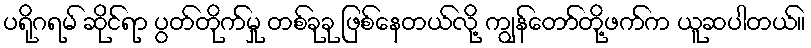
ပရိုဂရမ် ဆိုင်ရာ ပွတ်တိုက်မှု တစ်ခုခု ဖြစ်နေတယ်လို့ ကျွန်တော်တို့ဖက်က ယူဆပါတယ်။